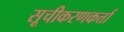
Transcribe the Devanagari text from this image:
सूचीकरणकर्त्ता